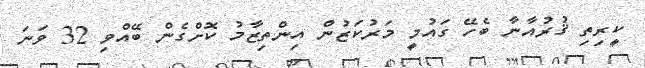
ކީރިތި ޤުރުއާނާ ބެހޭ ގައުމީ މަރުކަޒުން އިންތިޒާމު ކޮށްގެން ބޭއްވި 32 ވަނަ